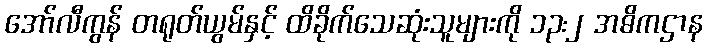
အော်လီကွန် တရုတ်ယွမ်နှင့် ထိခိုက်သေဆုံးသူများကို ၁၃:၂ အဓိကဌာန